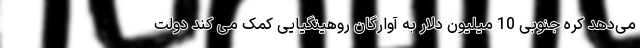
می‌دهد کره جنوبی 10 میلیون دلار به آوارگان روهینگیایی کمک می کند دولت